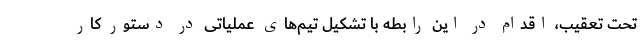
تحت تعقیب، اقدام در این رابطه با تشکیل تیم‌های عملیاتی در دستور کار